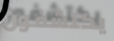
يكتشفون